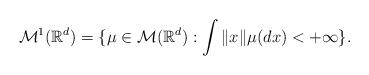
LaTeX: \begin{align*}\mathcal{M}^1(\mathbb{R}^d) = \{ \mu \in \mathcal{M}(\mathbb{R}^d): \int \|x\| \mu(dx) < +\infty\}.\end{align*}